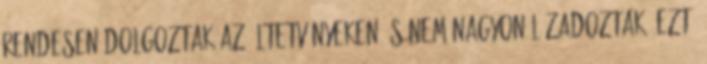
rendesen dolgoztak az ültetvényeken és nem nagyon lázadoztak. Ezt,